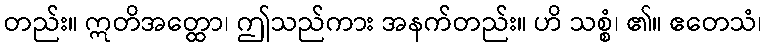
တည်း။ ဣတိအတ္ထော၊ ဤသည်ကား အနက်တည်း။ ဟိ သစ္စံ၊ ၏။ ဧတေသံ၊